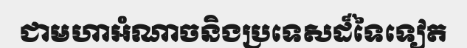
ជាមហាអំណាចនិងប្រទេសដ៏ទៃទៀត